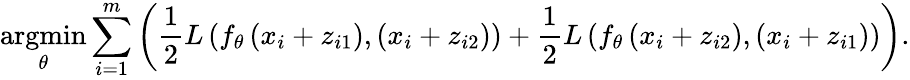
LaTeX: \underset{\theta}{\operatorname{argmin}}\sum_{i=1}^{m}\left(\frac{1}{2}L\left(f_{\theta}\left(x_{i}+z_{i1}\right),(x_{i}+z_{i2})\right)+\frac{1}{2}L\left(f_{\theta}\left(x_{i}+z_{i2}\right),(x_{i}+z_{i1})\right)\right).